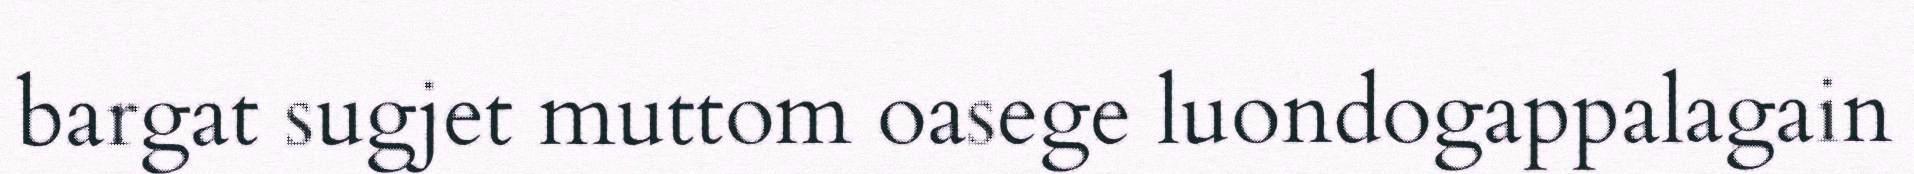
bargat sugjet muttom oasege luondogappalagain